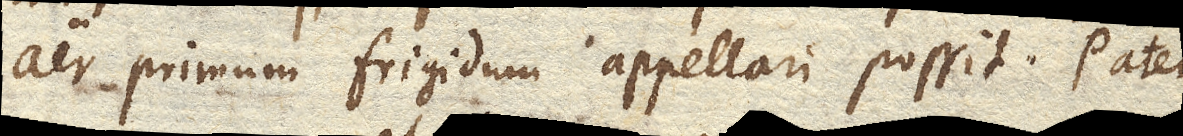
aer primum frigidum appellari possit. Patet